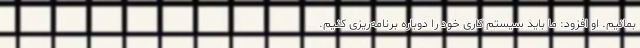
بمانیم. او افزود: ما باید سیستم کاری خود را دوباره برنامه‌ریزی کنیم.